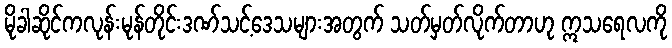
မိုခါဆိုင်ကလုန်းမုန်တိုင်းဒဏ်သင့်ဒေသများအတွက် သတ်မှတ်လိုက်တာဟု ဣသရေလကို